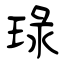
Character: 琭